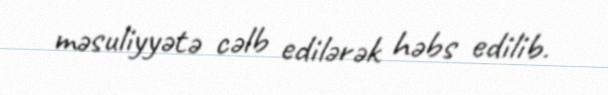
məsuliyyətə cəlb edilərək həbs edilib.